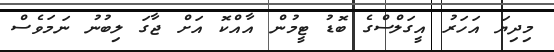
މިދިޔަ އަހަރު އީގަލްސްގެ ބޮޑު ޓީމުން އާއްކޮ އަށް ޖާގަ ލިބުނު ނަމަވެސް